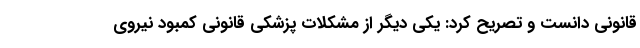
قانونی دانست و تصریح کرد: یکی دیگر از مشکلات پزشکی قانونی کمبود نیروی